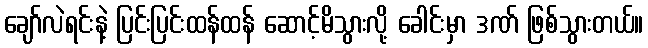
ချော်လဲရင်းနဲ့ ပြင်းပြင်းထန်ထန် ဆောင့်မိသွားလို့ ခေါင်းမှာ ဒဏ် ဖြစ်သွားတယ်။